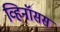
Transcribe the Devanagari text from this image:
व्हिनॉसस